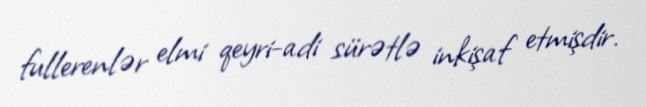
fullerenlər elmi qeyri-adi sürətlə inkişaf etmişdir.